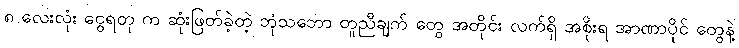
၈ လေးလုံး ငွေရတု က ဆုံးဖြတ်ခဲ့တဲ့ ဘုံသဘော တူညီချက် တွေ အတိုင်း လက်ရှိ အစိုးရ အာဏာပိုင် တွေနဲ့